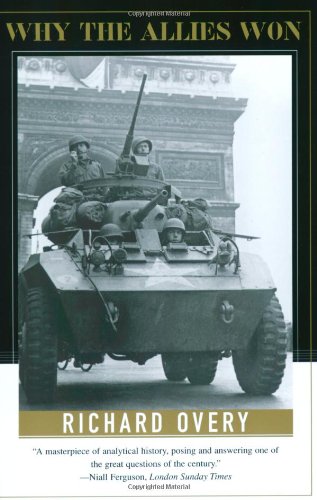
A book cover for Why the Allies Won; Richard Overy Ph.D.; History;